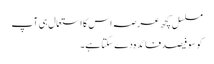
مسلسل کچھ عرصہ اس کا استعمال ہی آپ
کو سو فیصد فائدہ دے سکتا ہے۔